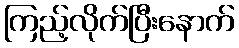
ကြည့်လိုက်ပြီးနောက်